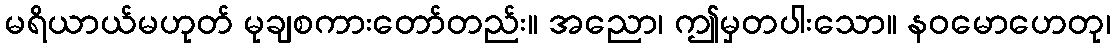
မရိယာယ်မဟုတ် မုချစကားတော်တည်း။ အညော၊ ဤမှတပါးသော။ နဝမောဟေတု၊